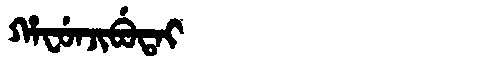
Manchu: ᡥᠠᠸᡠᠨᠵᡳᠪᡠᡨᠠᡳ
Romanization: HAFUNJIBUTAI